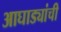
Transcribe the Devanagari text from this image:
आघाड्यांची